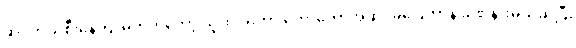
ဆိုင်ကယ်စီးနေကျ မဟုတ်တော့ သူထိုင်ရတာ တော်တော်အဆင်မပြေတာနဲ့ ခဏနားမယ်ဆိုပြီး